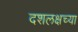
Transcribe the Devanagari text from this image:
दशलक्षच्या